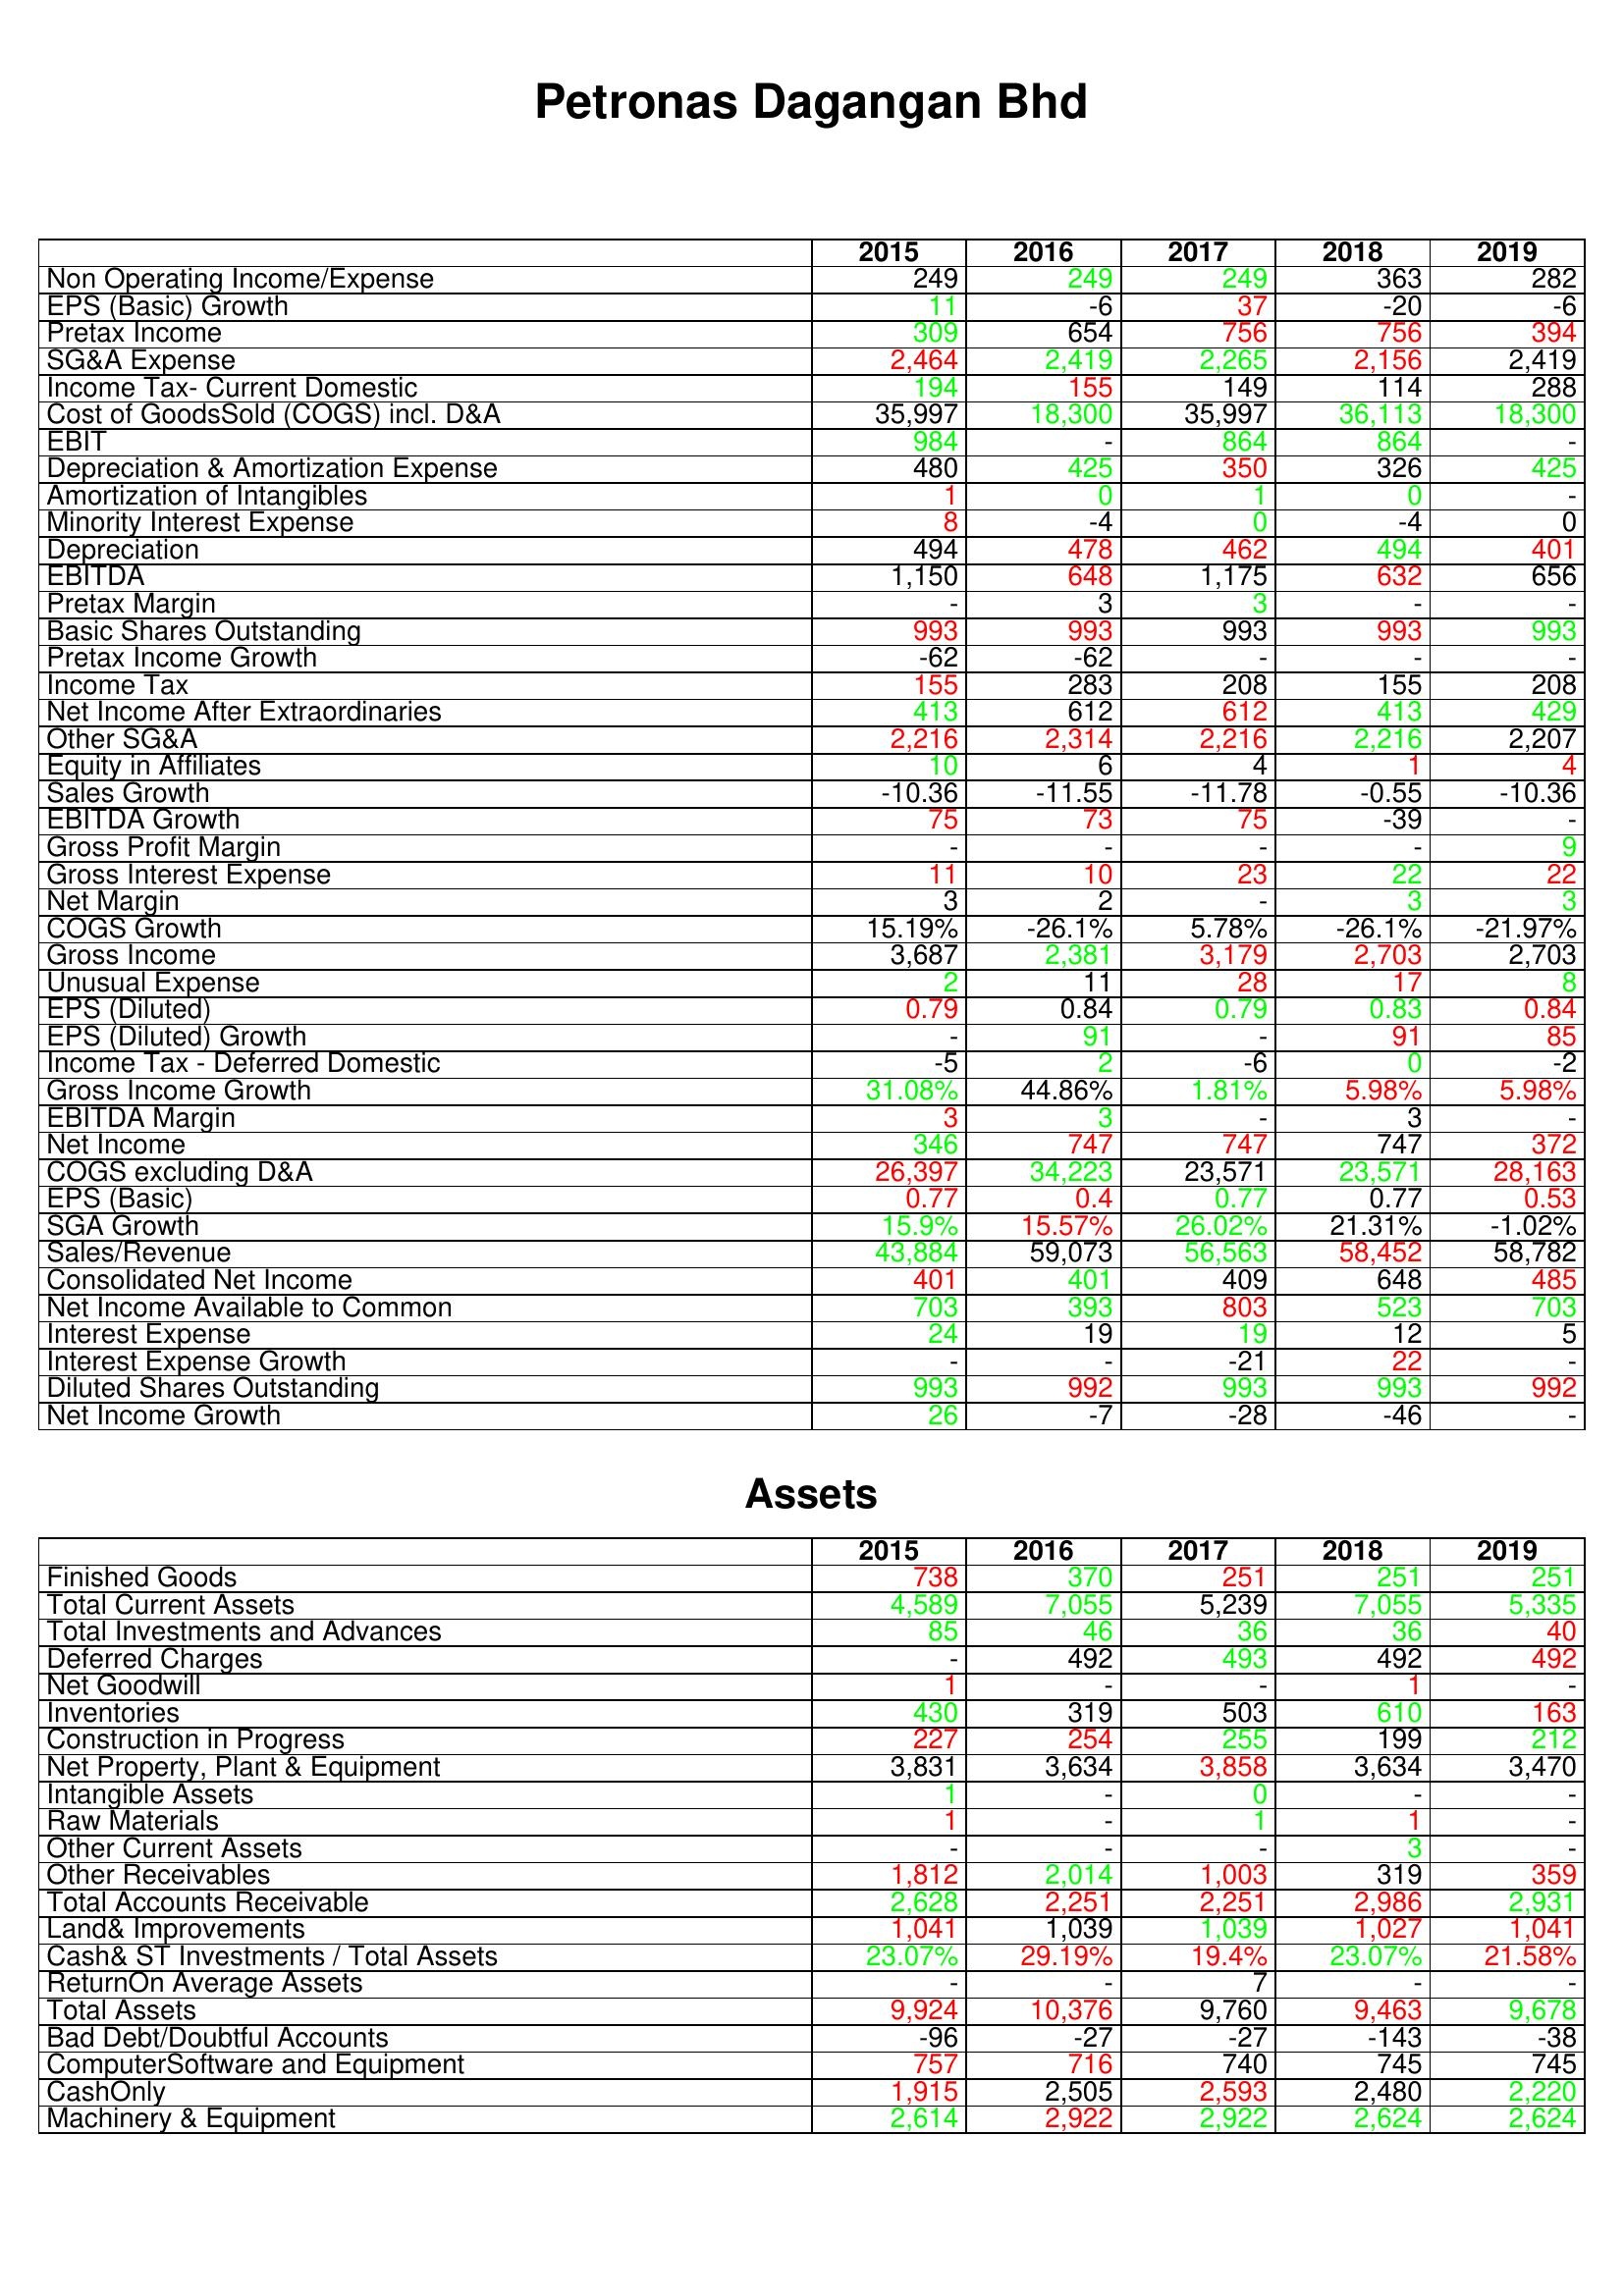
gt_parse: 2015: : Non Operating Income/Expense: 249
EPS (Basic) Growth: 11
Pretax Income: 309
SG&A Expense: 2,464
Income Tax- Current Domestic: 194
Cost of GoodsSold (COGS) incl. D&A: 35,997
EBIT: 984
Depreciation & Amortization Expense: 480
Amortization of Intangibles: 1
Minority Interest Expense: 8
Depreciation: 494
EBITDA: 1,150
Pretax Margin: -
Basic Shares Outstanding: 993
Pretax Income Growth: -62
Income Tax: 155
Net Income After Extraordinaries: 413
Other SG&A: 2,216
Equity in Affiliates: 10
Sales Growth: -10.36
EBITDA Growth: 75
Gross Profit Margin: -
Gross Interest Expense: 11
Net Margin: 3
COGS Growth: 15.19%
Gross Income: 3,687
Unusual Expense: 2
EPS (Diluted): 0.79
EPS (Diluted) Growth: -
Income Tax - Deferred Domestic: -5
Gross Income Growth: 31.08%
EBITDA Margin: 3
Net Income: 346
COGS excluding D&A: 26,397
EPS (Basic): 0.77
SGA Growth: 15.9%
Sales/Revenue: 43,884
Consolidated Net Income: 401
Net Income Available to Common: 703
Interest Expense: 24
Interest Expense Growth: -
Diluted Shares Outstanding: 993
Net Income Growth: 26
Assets: Finished Goods: 738
Total Current Assets: 4,589
Total Investments and Advances: 85
Deferred Charges: -
Net Goodwill: 1
Inventories: 430
Construction in Progress: 227
Net Property, Plant & Equipment: 3,831
Intangible Assets: 1
Raw Materials: 1
Other Current Assets: -
Other Receivables: 1,812
Total Accounts Receivable: 2,628
Land& Improvements: 1,041
Cash& ST Investments / Total Assets: 23.07%
ReturnOn Average Assets: -
Total Assets: 9,924
Bad Debt/Doubtful Accounts: -96
ComputerSoftware and Equipment: 757
CashOnly: 1,915
Machinery & Equipment: 2,614
2016: : Non Operating Income/Expense: 249
EPS (Basic) Growth: -6
Pretax Income: 654
SG&A Expense: 2,419
Income Tax- Current Domestic: 155
Cost of GoodsSold (COGS) incl. D&A: 18,300
EBIT: -
Depreciation & Amortization Expense: 425
Amortization of Intangibles: 0
Minority Interest Expense: -4
Depreciation: 478
EBITDA: 648
Pretax Margin: 3
Basic Shares Outstanding: 993
Pretax Income Growth: -62
Income Tax: 283
Net Income After Extraordinaries: 612
Other SG&A: 2,314
Equity in Affiliates: 6
Sales Growth: -11.55
EBITDA Growth: 73
Gross Profit Margin: -
Gross Interest Expense: 10
Net Margin: 2
COGS Growth: -26.1%
Gross Income: 2,381
Unusual Expense: 11
EPS (Diluted): 0.84
EPS (Diluted) Growth: 91
Income Tax - Deferred Domestic: 2
Gross Income Growth: 44.86%
EBITDA Margin: 3
Net Income: 747
COGS excluding D&A: 34,223
EPS (Basic): 0.4
SGA Growth: 15.57%
Sales/Revenue: 59,073
Consolidated Net Income: 401
Net Income Available to Common: 393
Interest Expense: 19
Interest Expense Growth: -
Diluted Shares Outstanding: 992
Net Income Growth: -7
Assets: Finished Goods: 370
Total Current Assets: 7,055
Total Investments and Advances: 46
Deferred Charges: 492
Net Goodwill: -
Inventories: 319
Construction in Progress: 254
Net Property, Plant & Equipment: 3,634
Intangible Assets: -
Raw Materials: -
Other Current Assets: -
Other Receivables: 2,014
Total Accounts Receivable: 2,251
Land& Improvements: 1,039
Cash& ST Investments / Total Assets: 29.19%
ReturnOn Average Assets: -
Total Assets: 10,376
Bad Debt/Doubtful Accounts: -27
ComputerSoftware and Equipment: 716
CashOnly: 2,505
Machinery & Equipment: 2,922
2017: : Non Operating Income/Expense: 249
EPS (Basic) Growth: 37
Pretax Income: 756
SG&A Expense: 2,265
Income Tax- Current Domestic: 149
Cost of GoodsSold (COGS) incl. D&A: 35,997
EBIT: 864
Depreciation & Amortization Expense: 350
Amortization of Intangibles: 1
Minority Interest Expense: 0
Depreciation: 462
EBITDA: 1,175
Pretax Margin: 3
Basic Shares Outstanding: 993
Pretax Income Growth: -
Income Tax: 208
Net Income After Extraordinaries: 612
Other SG&A: 2,216
Equity in Affiliates: 4
Sales Growth: -11.78
EBITDA Growth: 75
Gross Profit Margin: -
Gross Interest Expense: 23
Net Margin: -
COGS Growth: 5.78%
Gross Income: 3,179
Unusual Expense: 28
EPS (Diluted): 0.79
EPS (Diluted) Growth: -
Income Tax - Deferred Domestic: -6
Gross Income Growth: 1.81%
EBITDA Margin: -
Net Income: 747
COGS excluding D&A: 23,571
EPS (Basic): 0.77
SGA Growth: 26.02%
Sales/Revenue: 56,563
Consolidated Net Income: 409
Net Income Available to Common: 803
Interest Expense: 19
Interest Expense Growth: -21
Diluted Shares Outstanding: 993
Net Income Growth: -28
Assets: Finished Goods: 251
Total Current Assets: 5,239
Total Investments and Advances: 36
Deferred Charges: 493
Net Goodwill: -
Inventories: 503
Construction in Progress: 255
Net Property, Plant & Equipment: 3,858
Intangible Assets: 0
Raw Materials: 1
Other Current Assets: -
Other Receivables: 1,003
Total Accounts Receivable: 2,251
Land& Improvements: 1,039
Cash& ST Investments / Total Assets: 19.4%
ReturnOn Average Assets: 7
Total Assets: 9,760
Bad Debt/Doubtful Accounts: -27
ComputerSoftware and Equipment: 740
CashOnly: 2,593
Machinery & Equipment: 2,922
2018: : Non Operating Income/Expense: 363
EPS (Basic) Growth: -20
Pretax Income: 756
SG&A Expense: 2,156
Income Tax- Current Domestic: 114
Cost of GoodsSold (COGS) incl. D&A: 36,113
EBIT: 864
Depreciation & Amortization Expense: 326
Amortization of Intangibles: 0
Minority Interest Expense: -4
Depreciation: 494
EBITDA: 632
Pretax Margin: -
Basic Shares Outstanding: 993
Pretax Income Growth: -
Income Tax: 155
Net Income After Extraordinaries: 413
Other SG&A: 2,216
Equity in Affiliates: 1
Sales Growth: -0.55
EBITDA Growth: -39
Gross Profit Margin: -
Gross Interest Expense: 22
Net Margin: 3
COGS Growth: -26.1%
Gross Income: 2,703
Unusual Expense: 17
EPS (Diluted): 0.83
EPS (Diluted) Growth: 91
Income Tax - Deferred Domestic: 0
Gross Income Growth: 5.98%
EBITDA Margin: 3
Net Income: 747
COGS excluding D&A: 23,571
EPS (Basic): 0.77
SGA Growth: 21.31%
Sales/Revenue: 58,452
Consolidated Net Income: 648
Net Income Available to Common: 523
Interest Expense: 12
Interest Expense Growth: 22
Diluted Shares Outstanding: 993
Net Income Growth: -46
Assets: Finished Goods: 251
Total Current Assets: 7,055
Total Investments and Advances: 36
Deferred Charges: 492
Net Goodwill: 1
Inventories: 610
Construction in Progress: 199
Net Property, Plant & Equipment: 3,634
Intangible Assets: -
Raw Materials: 1
Other Current Assets: 3
Other Receivables: 319
Total Accounts Receivable: 2,986
Land& Improvements: 1,027
Cash& ST Investments / Total Assets: 23.07%
ReturnOn Average Assets: -
Total Assets: 9,463
Bad Debt/Doubtful Accounts: -143
ComputerSoftware and Equipment: 745
CashOnly: 2,480
Machinery & Equipment: 2,624
2019: : Non Operating Income/Expense: 282
EPS (Basic) Growth: -6
Pretax Income: 394
SG&A Expense: 2,419
Income Tax- Current Domestic: 288
Cost of GoodsSold (COGS) incl. D&A: 18,300
EBIT: -
Depreciation & Amortization Expense: 425
Amortization of Intangibles: -
Minority Interest Expense: 0
Depreciation: 401
EBITDA: 656
Pretax Margin: -
Basic Shares Outstanding: 993
Pretax Income Growth: -
Income Tax: 208
Net Income After Extraordinaries: 429
Other SG&A: 2,207
Equity in Affiliates: 4
Sales Growth: -10.36
EBITDA Growth: -
Gross Profit Margin: 9
Gross Interest Expense: 22
Net Margin: 3
COGS Growth: -21.97%
Gross Income: 2,703
Unusual Expense: 8
EPS (Diluted): 0.84
EPS (Diluted) Growth: 85
Income Tax - Deferred Domestic: -2
Gross Income Growth: 5.98%
EBITDA Margin: -
Net Income: 372
COGS excluding D&A: 28,163
EPS (Basic): 0.53
SGA Growth: -1.02%
Sales/Revenue: 58,782
Consolidated Net Income: 485
Net Income Available to Common: 703
Interest Expense: 5
Interest Expense Growth: -
Diluted Shares Outstanding: 992
Net Income Growth: -
Assets: Finished Goods: 251
Total Current Assets: 5,335
Total Investments and Advances: 40
Deferred Charges: 492
Net Goodwill: -
Inventories: 163
Construction in Progress: 212
Net Property, Plant & Equipment: 3,470
Intangible Assets: -
Raw Materials: -
Other Current Assets: -
Other Receivables: 359
Total Accounts Receivable: 2,931
Land& Improvements: 1,041
Cash& ST Investments / Total Assets: 21.58%
ReturnOn Average Assets: -
Total Assets: 9,678
Bad Debt/Doubtful Accounts: -38
ComputerSoftware and Equipment: 745
CashOnly: 2,220
Machinery & Equipment: 2,624